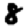
Digit: 8